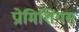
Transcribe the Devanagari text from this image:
प्रोमिशियस